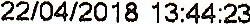
22/04/2018 13:44:23